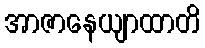
အာဇာနေယျာထာတိ